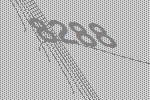
8288